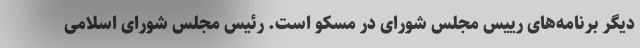
دیگر برنامه‌های رییس مجلس شورای در مسکو است. رئیس مجلس شورای اسلامی